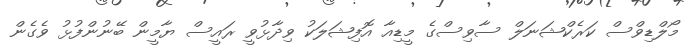
މޯލްޑިވްސް ކަރެކްޝަނަލް ސާވިސްގެ މީޑިއާ އޮފިޝަލަކު ވިދާޅުވީ ރައީސް ޔާމީން ބޭނުންފުޅު ވެގެން